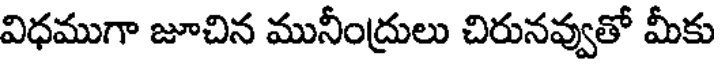
విధముగా జూచిన మునీంద్రులు చిరునవ్వుతో మీకు